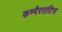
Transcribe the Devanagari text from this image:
कम्पैरतटिव